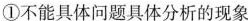
①不能具体问题具体分析的现象